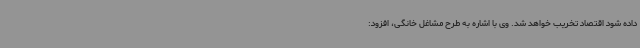
داده شود اقتصاد تخریب خواهد شد. وی با اشاره به طرح مشاغل خانگی، افزود: